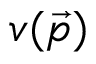
v ( { \vec { p } } )